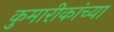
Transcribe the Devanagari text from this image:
कुमारीकांच्या